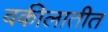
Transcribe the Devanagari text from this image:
वकीलातीत